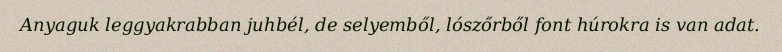
Anyaguk leggyakrabban juhbél, de selyemből, lószőrből font húrokra is van adat.